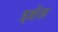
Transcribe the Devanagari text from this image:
इर्शल